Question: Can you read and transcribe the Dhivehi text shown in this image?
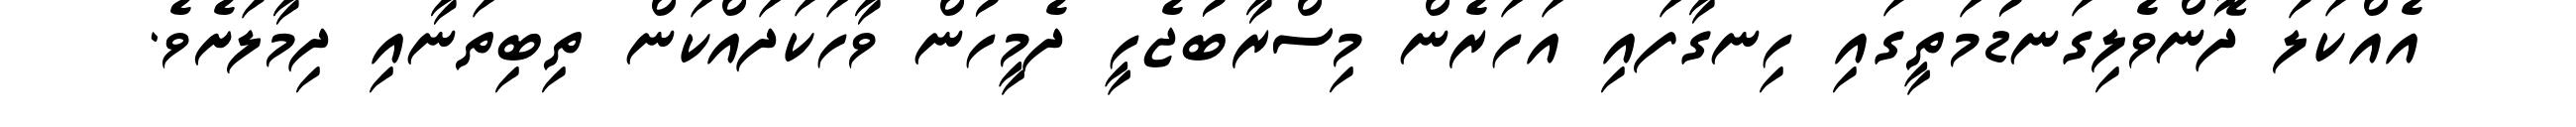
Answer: އެއްކަލަ ދޮންވެލިގަނޑުމަތީގައި ހިނގާފައި އަހަރެން މިސްރާބުޖެހީ ދެމީހުން ވާހަކަދައްކަން ތިބިތަނާއި ދިމާލަށެވެ.